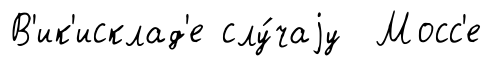
В'ик'исклад'е слу́чаjу Мосс'е